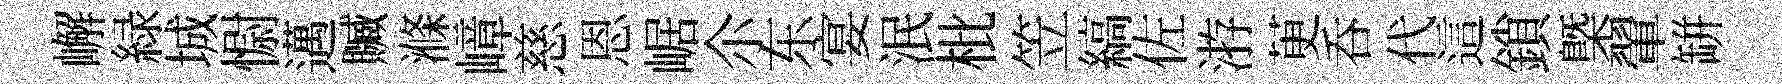
嶰緑城𢠢邁贓滌嶂慈恩崌尒东宴泯枇笠縞佐㳺茰呑代這鎖㮣翬缾